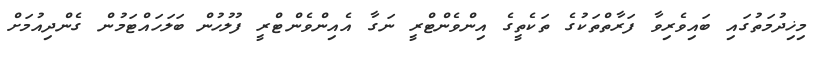
މިޚިދުމަތުގައި ބައިވެރިވާ ފަރާތްތަކުގެ ތަކެތީގެ އިންވެންޓްރީ ނަގާ އެއިންވެންޓްރީ ފުލުހުން ބަލަހައްޓަމުން ގެންދިއުމަށް